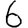
Digit: 6